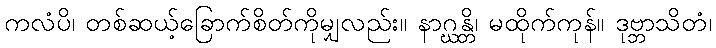
ကလံပိ၊ တစ်ဆယ့်ခြောက်စိတ်ကိုမျှလည်း။ နာဂ္ဃန္တိ၊ မထိုက်ကုန်။ ဒုဗ္ဘာသိတံ၊